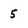
Character: 5